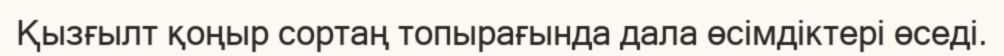
Қызғылт қоңыр сортаң топырағында дала өсімдіктері өседі.